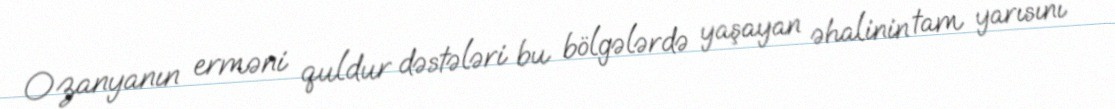
Ozanyanın erməni quldur dəstələri bu bölgələrdə yaşayan əhalinin tam yarısını